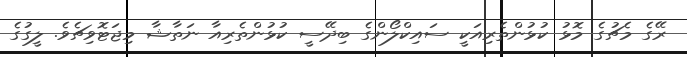
ރޭގެ މެޗުގެ މޮޅު ކުޅުންތެރިއަކީ ސައިކްލޯންގެ ބިދޭސީ ކުޅުންތެރިއާ ނަތާޝާ މިޖަޓޮވިޗެވެ. ލީގުގެ